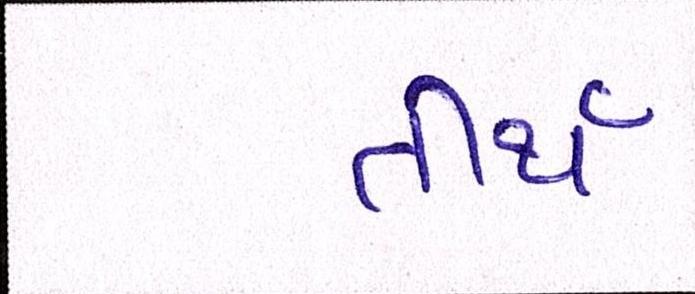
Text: તીર્થ